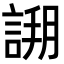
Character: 𧩝